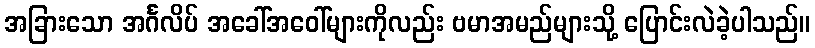
အခြားသော အင်္ဂလိပ် အခေါ်အဝေါ်များကိုလည်း ဗမာအမည်များသို့ ပြောင်းလဲခဲ့ပါသည်။